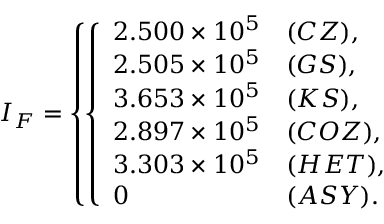
I _ { F } = \left\{ \left\{ \begin{array} { l l } { { 2 . 5 0 0 \times 1 0 ^ { 5 } } } & { { ( C Z ) , } } \\ { { 2 . 5 0 5 \times 1 0 ^ { 5 } } } & { { ( G S ) , } } \\ { { 3 . 6 5 3 \times 1 0 ^ { 5 } } } & { { ( K S ) , } } \\ { { 2 . 8 9 7 \times 1 0 ^ { 5 } } } & { { ( C O Z ) , } } \\ { { 3 . 3 0 3 \times 1 0 ^ { 5 } } } & { { ( H E T ) , } } \\ { { 0 } } & { { ( A S Y ) . } } \end{array} \right. \right.